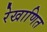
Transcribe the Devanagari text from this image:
रेखाणित